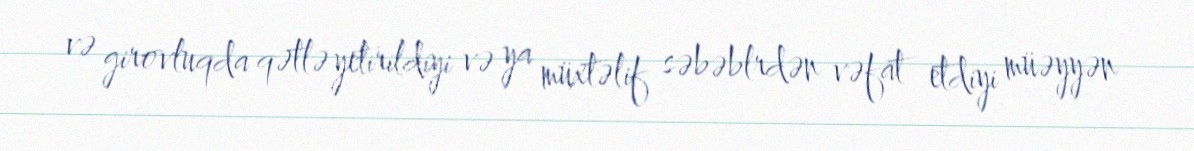
və girovluqda qətlə yetirildiyi və ya müxtəlif səbəblrdən vəfat etdiyi müəyyən